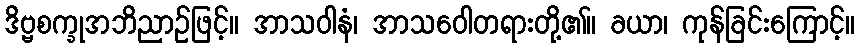
ဒိဗ္ဗစက္ခုအဘိညာဉ်ဖြင့်။ အာသဝါနံ၊ အာသဝေါတရားတို့၏။ ခယာ၊ ကုန်ခြင်းကြောင့်။